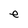
Character: e